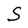
Character: S